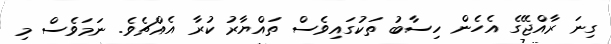
ގިނަ ރާއްޖޭގެ އެހެން ހިސާބު ތަކުގައިވެސް ތައްޔާރު ކުރާ އެއްޗެެވެ. ނަމަވެސް މި